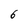
Character: 6